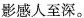
影感人至深。